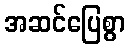
အဆင်ပြေစွာ